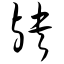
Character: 殃